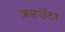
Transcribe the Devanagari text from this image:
जसपींदर